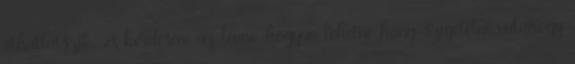
áthallatszik. A kérdésem az lenne, hogyan lehetne hang-szigetelni valahogy